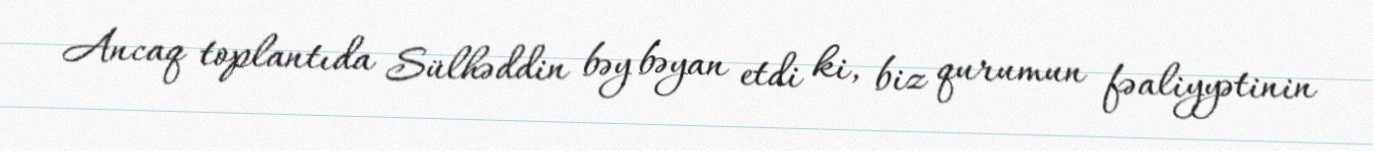
Ancaq toplantıda Sülhəddin bəy bəyan etdi ki, biz qurumun fəaliyyətinin